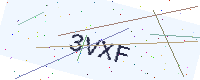
Text: 3VXF